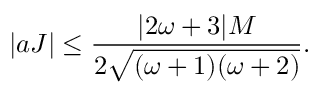
| a J | \leq \frac { | 2 \omega + 3 | M } { 2 \sqrt { ( \omega + 1 ) ( \omega + 2 ) } } .